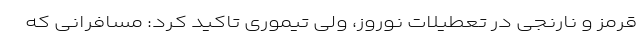
قرمز و نارنجی در تعطیلات نوروز، ولی تیموری تاکید کرد: مسافرانی که